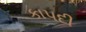
કાપદી